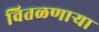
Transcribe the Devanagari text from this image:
वितळणार्‍या